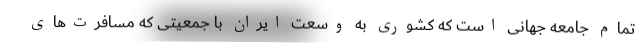
تمام جامعه جهانی است که کشوری به وسعت ایران با جمعیتی که مسافرت‌های